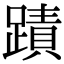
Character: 蹟